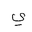
Letter: _ya